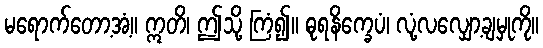
မရောက်တော့အံ့။ ဣတိ၊ ဤသို့ ကြံ၍။ ဓုရနိက္ခေပံ၊ လုံ့လလျှော့ချမှုကို။